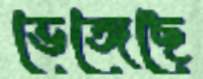
ভেঙ্গেছে